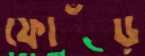
ফোঁড়